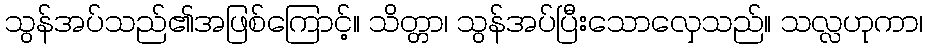
သွန်အပ်သည်၏အဖြစ်ကြောင့်။ သိတ္တာ၊ သွန်အပ်ပြီးသောလှေသည်။ သလ္လဟုကာ၊